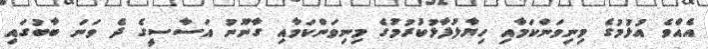
އެއްވެ އުޅުމުގެ މިނިވަންކަމާއި ހިޔާލުފާޅުކުރުމުގެ މިނިވަންކަމާއި ގާނޫނު އަސާސީގެ ދެ ވަނަ ބާބުގައި